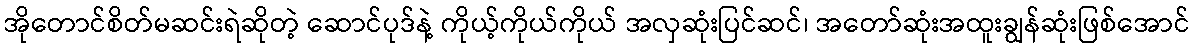
အိုတောင်စိတ်မဆင်းရဲဆိုတဲ့ ဆောင်ပုဒ်နဲ့ ကိုယ့်ကိုယ်ကိုယ် အလှဆုံးပြင်ဆင်၊ အတော်ဆုံးအထူးချွန်ဆုံးဖြစ်အောင်